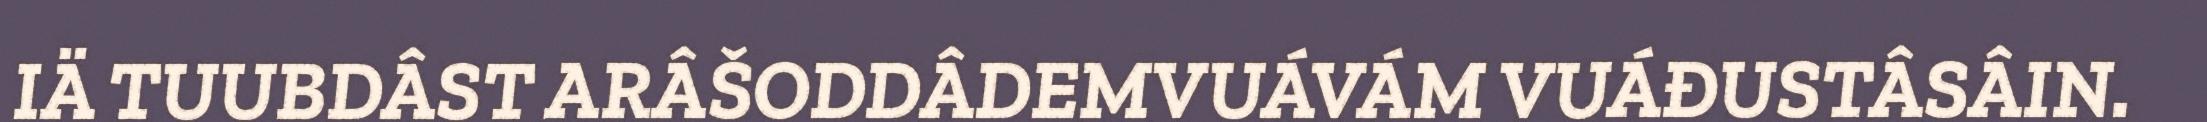
IÄ TUUBDÂST ARÂŠODDÂDEMVUÁVÁM VUÁĐUSTÂSÂIN.